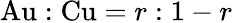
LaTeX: \mathrm{Au}:\mathrm{Cu}=r:1-r